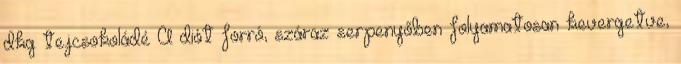
dkg tejcsokoládé A diót forró, száraz serpenyőben folyamatosan kevergetve,